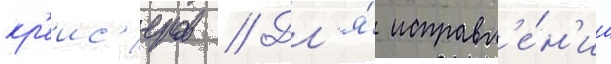
кр'еис'еров // Дл'я́ исправл'е́н'иа